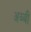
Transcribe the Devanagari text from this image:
अब्बी